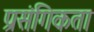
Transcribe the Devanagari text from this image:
प्रसंगिकता